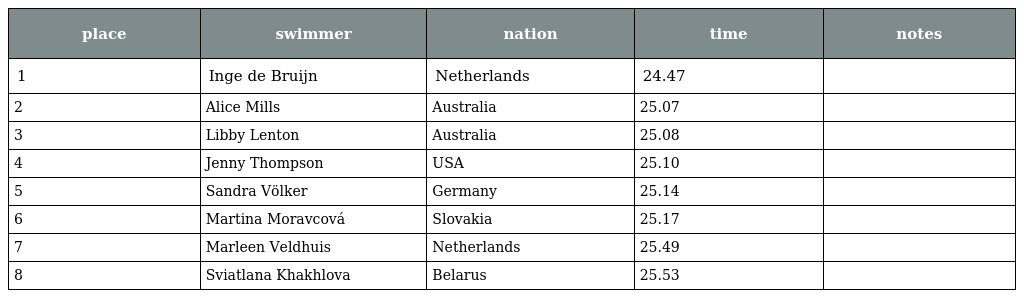
| place | swimmer | nation | time | notes |
 | --- | --- | --- | --- | --- |
 | 1 | Inge de Bruijn | Netherlands | 24.47 |  |
 | 2 | Alice Mills | Australia | 25.07 |  |
 | 3 | Libby Lenton | Australia | 25.08 |  |
 | 4 | Jenny Thompson | USA | 25.10 |  |
 | 5 | Sandra Völker | Germany | 25.14 |  |
 | 6 | Martina Moravcová | Slovakia | 25.17 |  |
 | 7 | Marleen Veldhuis | Netherlands | 25.49 |  |
 | 8 | Sviatlana Khakhlova | Belarus | 25.53 |  |